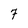
Character: 7